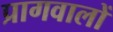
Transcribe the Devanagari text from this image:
प्रागवालों